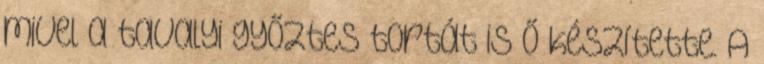
mivel a tavalyi győztes tortát is ő készítette. A